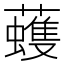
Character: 𧃀